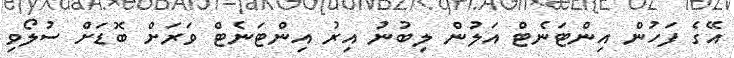
އޭގެ ފަހުން އިންޓަނެޓް އަލުން ލިބުނު އިރު އިންޓަނެޓް ވަރަށް ބޮޑަށް ސުލޯވި